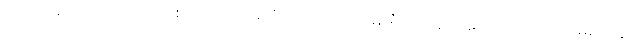
လပေါ်ရောက်အောင် ကြိုးစားတဲ့ ပထမဆုံး ပုဂ္ဂလိက ကုမ္ပဏီကလည်း နောက်ထပ် အမေရိကန်